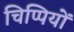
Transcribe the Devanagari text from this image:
चिप्पियों